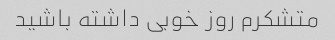
متشکرم روز خوبی داشته باشید